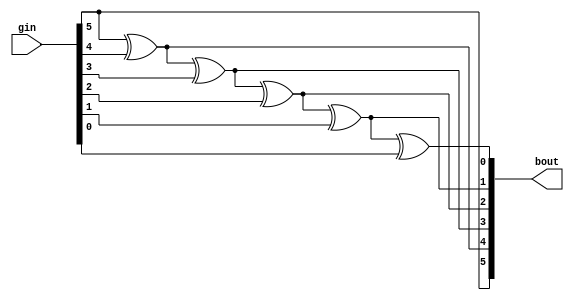
module arriaiigz_ddr_gray_decoder (
        gin, 
        bout
);
parameter width = 6;
input  [width-1 : 0] gin;
output [width-1 : 0] bout;
reg    [width-1 : 0] breg;
integer i;
assign bout = breg;
always @(gin)
begin
    breg[width-1] = gin[width-1];
    if (width > 1)
    begin
        for (i=width-2; i >= 0; i=i-1)
            breg[i] = breg[i+1] ^ gin[i];
    end
end
endmodule